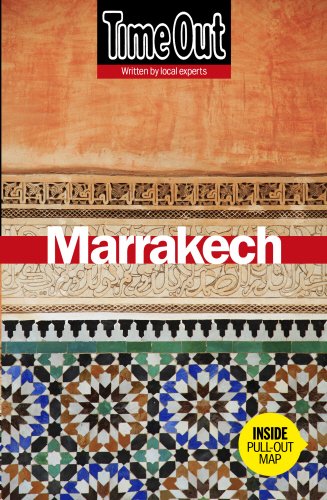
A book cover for Time Out Marrakech (Time Out Guides); Travel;